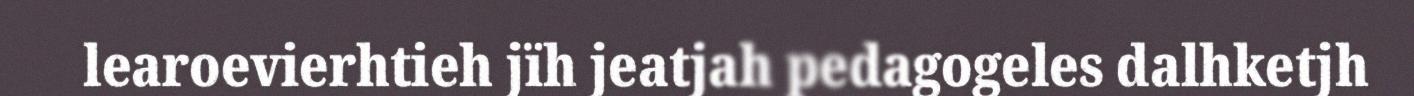
learoevierhtieh jïh jeatjah pedagogeles dalhketjh